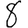
Digit: 8